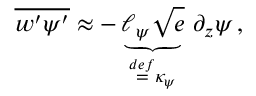
\overline { { w ^ { \prime } \psi ^ { \prime } } } \approx - \underbrace { \ell _ { \psi } \sqrt { e } } _ { \ensuremath { \stackrel { \r { d e f } } { = } } \kappa _ { \psi } } \, \partial _ { z } \psi \, ,